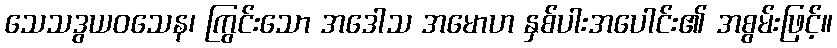
သေသဒွယဝသေန၊ ကြွင်းသော အဒေါသ အမောဟ နှစ်ပါးအပေါင်း၏ အစွမ်းဖြင့်။